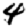
Digit: 4